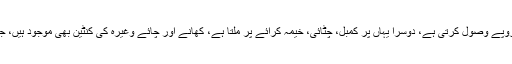
ایک تو یہاں کی انتظامیہ فی پاسپورٹ ایک سو روپے وصول کرتی ہے، دوسرا یہاں پر کمبل، چٹائی، خیمہ کرائے پر ملتا ہے، کھانے اور چائے وغیرہ کی کنٹین بھی موجود ہیں، جو ناقص کھانا مہنگے داموں فروخت کرتے ہیں۔